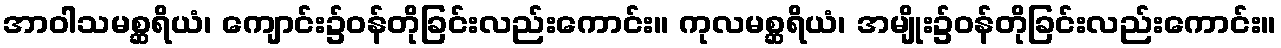
အာဝါသမစ္ဆရိယံ၊ ကျောင်း၌ဝန်တိုခြင်းလည်းကောင်း။ ကုလမစ္ဆရိယံ၊ အမျိုး၌ဝန်တိုခြင်းလည်းကောင်း။